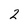
Character: 2